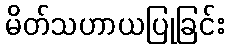
မိတ်သဟာယပြုခြင်း